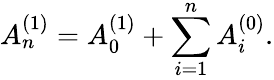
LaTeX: A_{n}^{(1)}=A_{0}^{(1)}+\sum_{i=1}^{n}A_{i}^{(0)}.